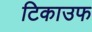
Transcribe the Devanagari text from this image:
टिकाउफ